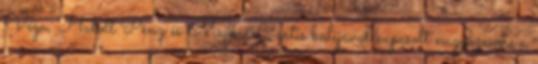
Vega, Halott Pénz és Majka&Curtis bulijával kapcsolt nagyüzemre a